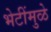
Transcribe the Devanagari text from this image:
भेटींमुळे